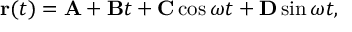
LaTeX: { \bf r } ( t ) = { \bf A } + { \bf B } t + { \bf C } \cos \omega t + { \bf D } \sin \omega t ,